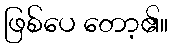
ဖြစ်ပေ တော့၏။